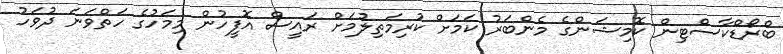
ބްރޯޑްކާސްޓިން ކޮމިޝަންގެ މެންބަރު ކަމަށް ކުރިމަތިލުމަށް ރައީސް އޮފީހުން މިމަހުގެ ހަތްވަނަ ދުވަހު